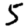
Digit: 5